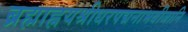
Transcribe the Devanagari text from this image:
ब्रह्माह्नयश्रीधरपद्मनाभबीजानि